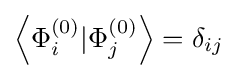
\left\langle \Phi _{i}^{(0)}|\Phi _{j}^{(0)}\right\rangle ={{\delta }_{ij}}